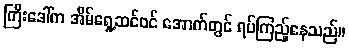
ကြီးဒေါ်က အိမ်ရှေ့ဆင်ဝင် အောက်တွင် ရပ်ကြည့်နေသည်။